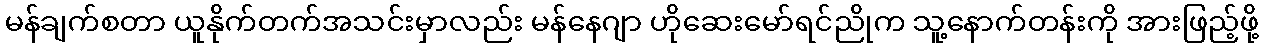
မန်ချက်စတာ ယူနိုက်တက်အသင်းမှာလည်း မန်နေဂျာ ဟိုဆေးမော်ရင်ညိုက သူ့နောက်တန်းကို အားဖြည့်ဖို့